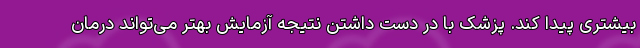
بیشتری پیدا کند. پزشک با در دست داشتن نتیجه آزمایش بهتر می‌تواند درمان